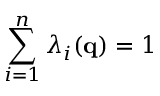
\sum _ { i = 1 } ^ { n } \lambda _ { i } ( { \bf q } ) = 1